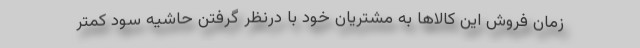
زمان فروش این کالاها به مشتریان خود با درنظر گرفتن حاشیه سود کمتر